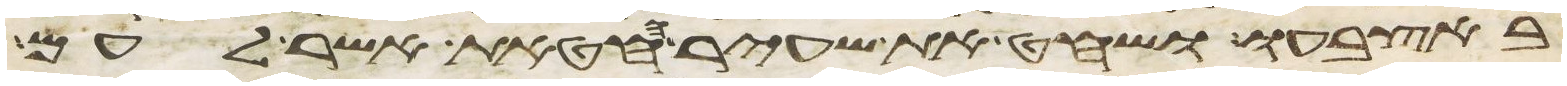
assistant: באצבעו ושחט את שעיר החטאת אשר לעם